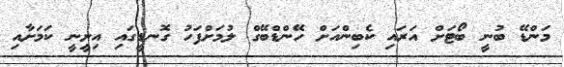
މަންޑޭ ބުނީ ބޯޓަށް އަރައި ކެބިންއަށް ހޭންޑްބޭގް ލުމަށްފަހު ގޮނޑީގައި އިށީނީ ކަމަށާއި